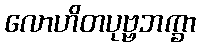
လောဟိတပုဗ္ဗဘက္ခာ